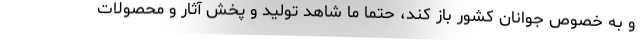
و به خصوص جوانان کشور باز کند، حتما ما شاهد تولید و پخش آثار و محصولات